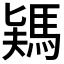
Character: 𩣎